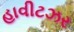
હાવીટઝર